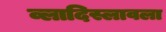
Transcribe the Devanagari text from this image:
व्लादिस्लावला